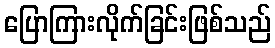
ပြောကြားလိုက်ခြင်းဖြစ်သည်